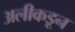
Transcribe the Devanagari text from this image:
अलीकडून